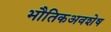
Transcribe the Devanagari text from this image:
भौतिकअवशेष